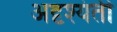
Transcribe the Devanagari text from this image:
अदृश्यंती